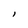
Character: I